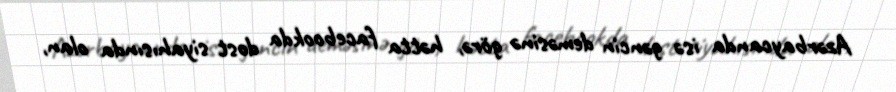
Azərbaycanda isə gəncin deməsinə görə, hətta facebookda dost siyahısında olan,